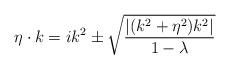
LaTeX: \begin{align*}\eta\cdot k=ik^2\pm\sqrt{{|(k^2+\eta^2)k^2|\over{1-\lambda}}}\end{align*}